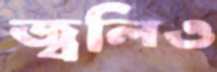
জ্বলিও